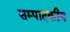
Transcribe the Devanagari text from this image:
सम्‍पादकीय